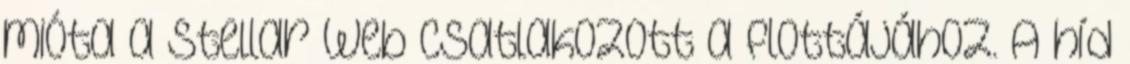
mióta a Stellar Web csatlakozott a flottájához. A híd